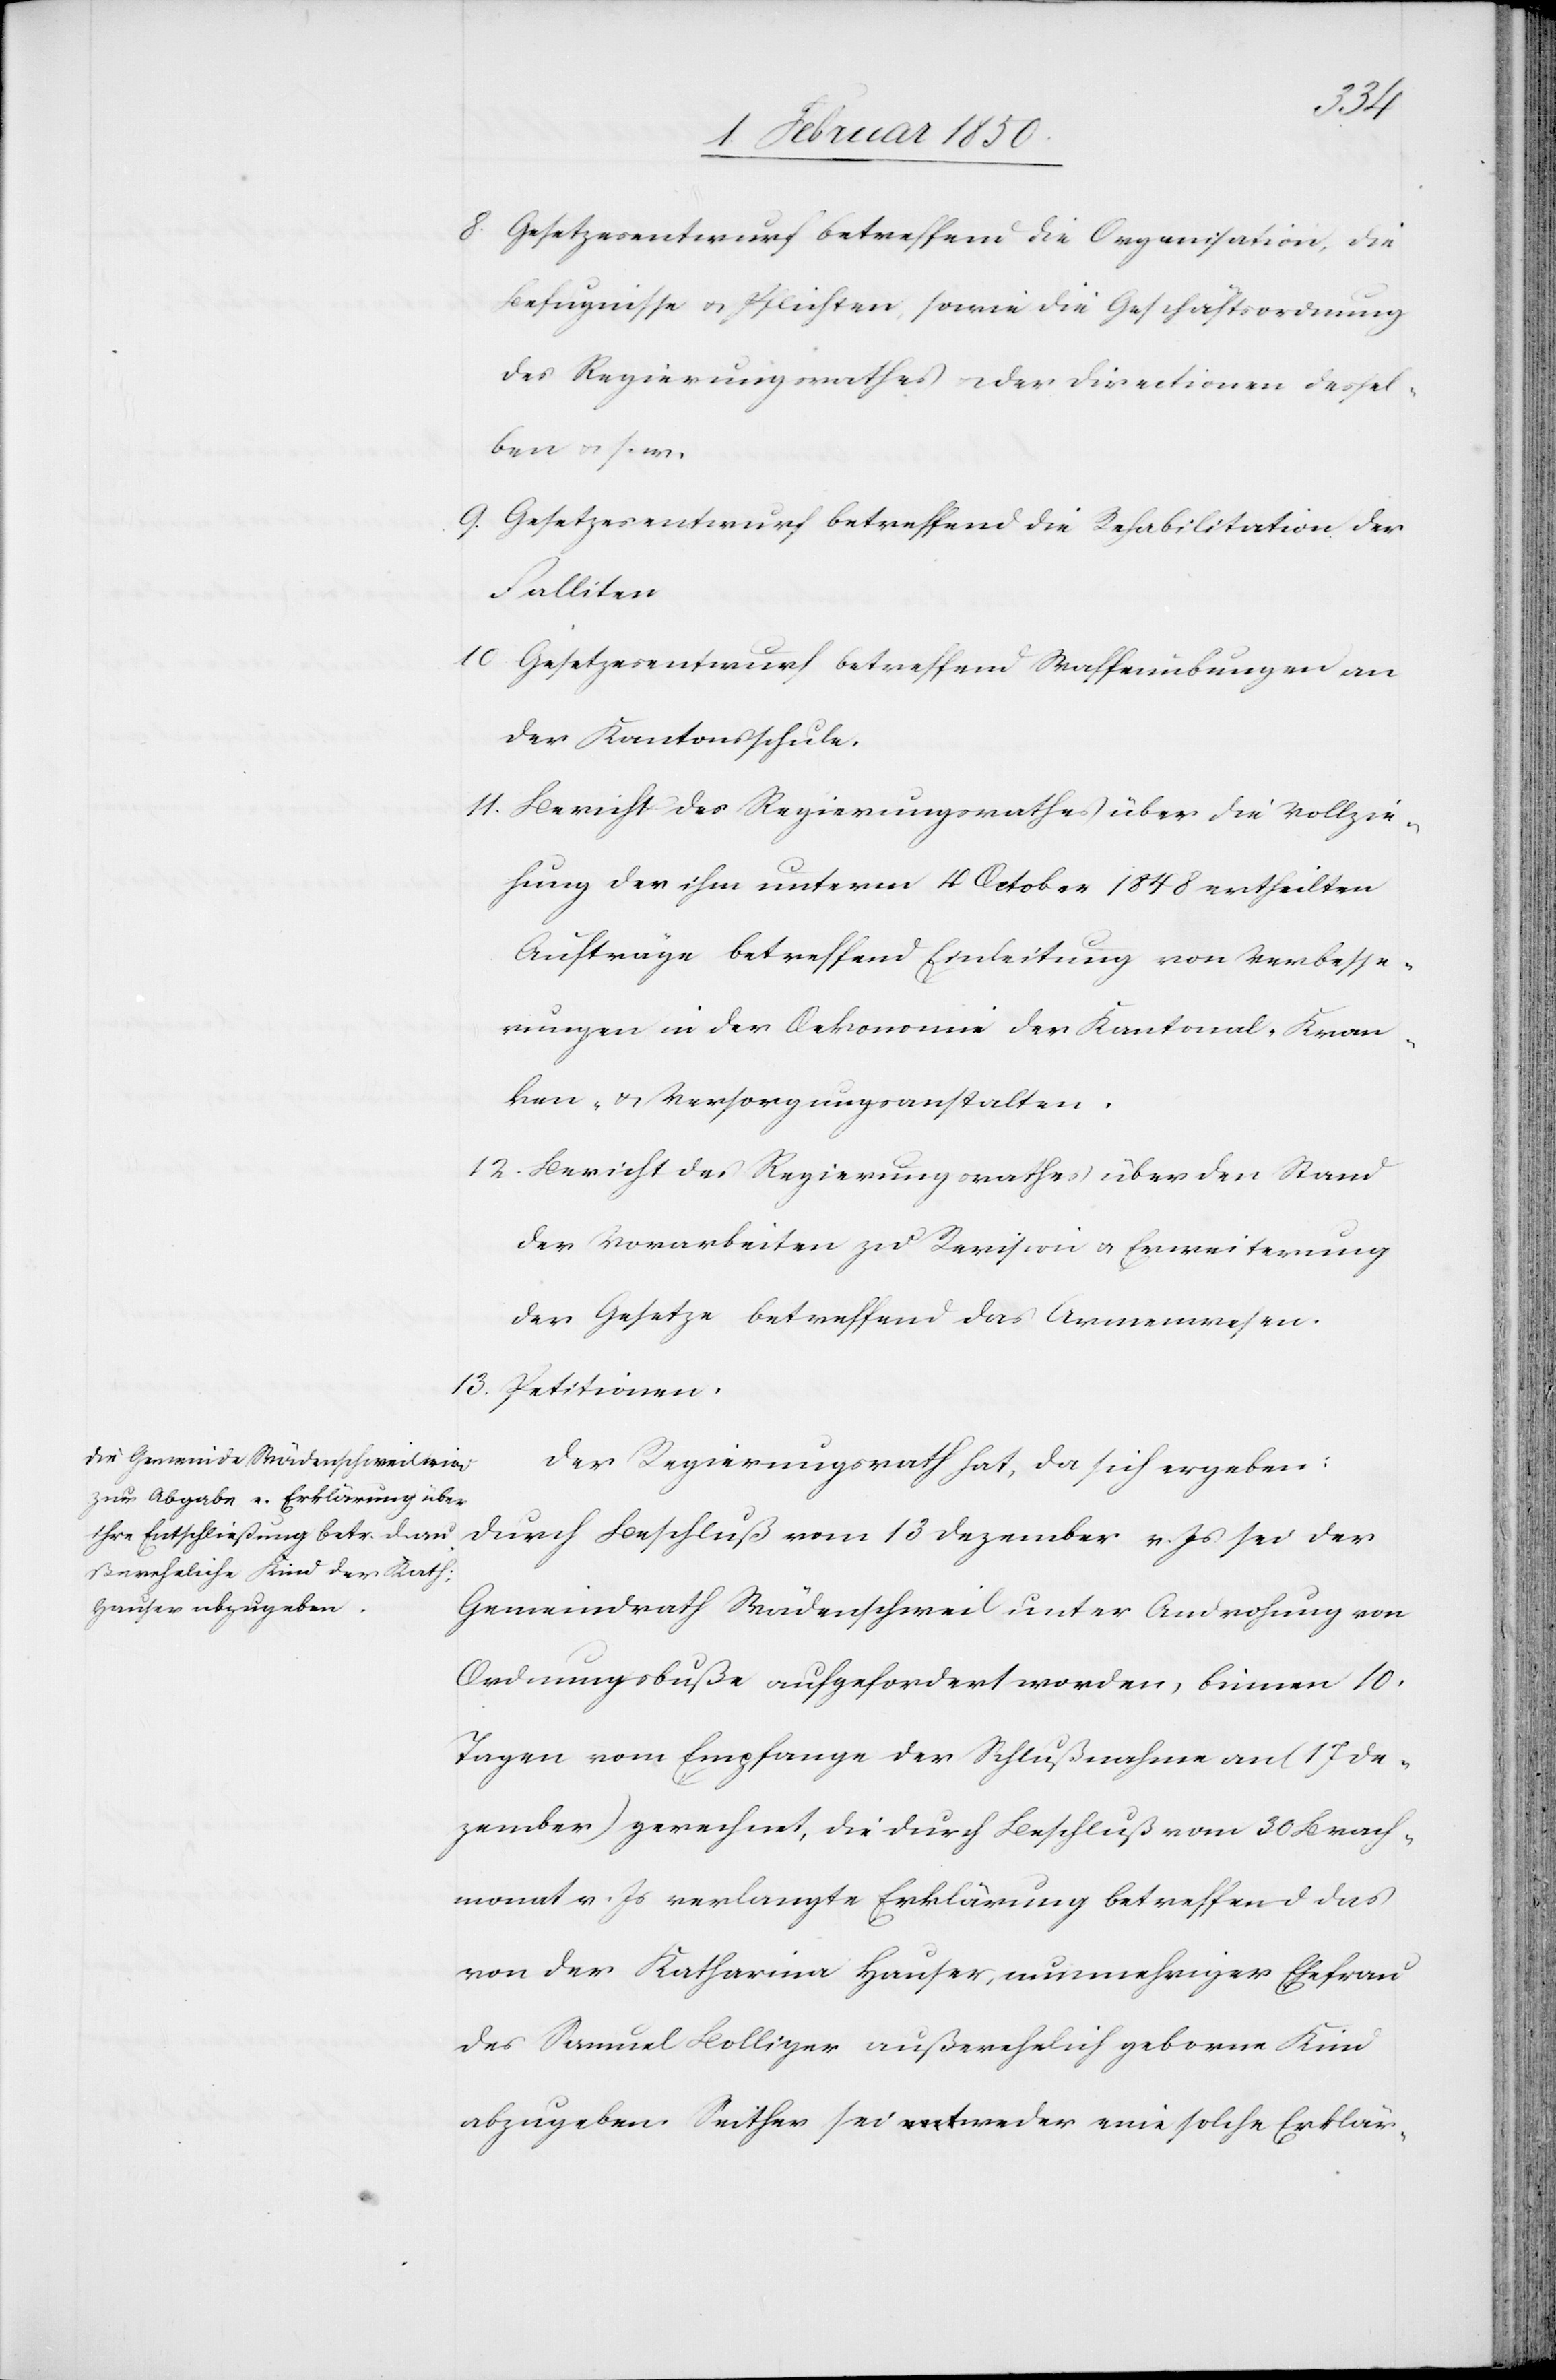
8. Gesetzesentwurf betreffend die Organisation, die
Befugnisse u. Pflichten, sowie die Geschäftsordnung
des Regierungsrathes u. der Directionen dessel¬
ben u. s. w.
9. Gesetzesentwurf betreffend die Rehabilitation der
Falliten
10 Gesetzesentwurf betreffend Waffenübungen an
der Kantonsschule.
11. Bericht des Regierungsrathes über die Vollzie¬
hung der ihm unterm 4 October 1848 ertheilten
Aufträge betreffend Einleitung von Verbesse¬
rungen in den Oekonomie der Kantonal- Kran¬
ken- u. Versorgungsanstalten.
12. Bericht des Regierungsrathes über den Stand
der Vorarbeiten zu Revision u. Erweiterung
der Gesetze betreffend das Armenwesen.
13. Petitionen.
Der Regierungsrath hat, da sich ergeben:
durch Beschluß vom 13 Dezember v. Jas sei der
Gemeindrath Wädenschweil unter Androhung von
Ordnungsbuße aufgefordert worden, binnen 10.
Tagen vom Empfange der Schlußnahme an (17 De¬
zember) gerechnet, die durch Beschluß vom 30 Brach¬
monat v. Js verlangte Erklärung betreffend das
von der Katharina Hauser, nunmehriger Ehefrau
des Samuel Bolliger außerehelich geborne Kind
abzugeben. Seither sei weder eine solche Erklär-